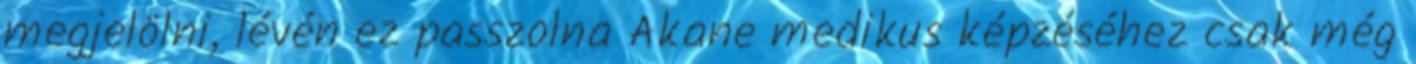
megjelölni, lévén ez passzolna Akane medikus képzéséhez csak még